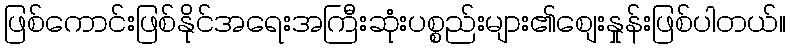
ဖြစ်ကောင်းဖြစ်နိုင်အရေးအကြီးဆုံးပစ္စည်းများ၏စျေးနှုန်းဖြစ်ပါတယ်။